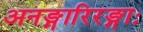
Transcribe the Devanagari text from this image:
अनङ्गारिरङ्गाः